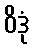
ဝိဒုံ